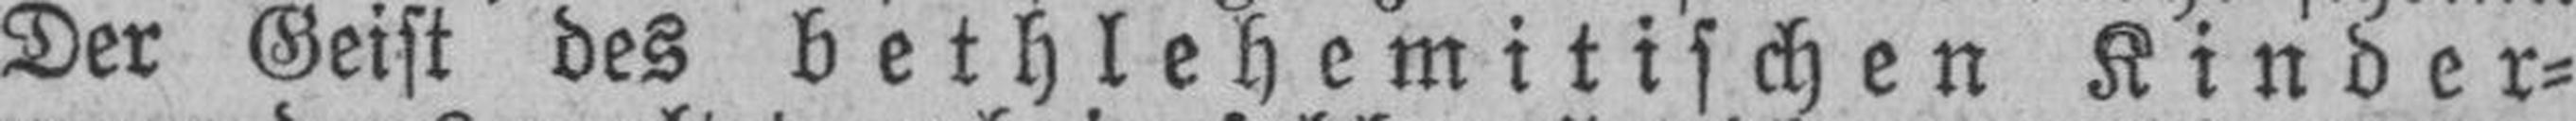
Der Geist des bethlehemitischen Kinder¬